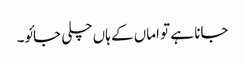
جانا ہے تو اماں کے ہاں چلی جائو۔